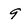
Character: 9